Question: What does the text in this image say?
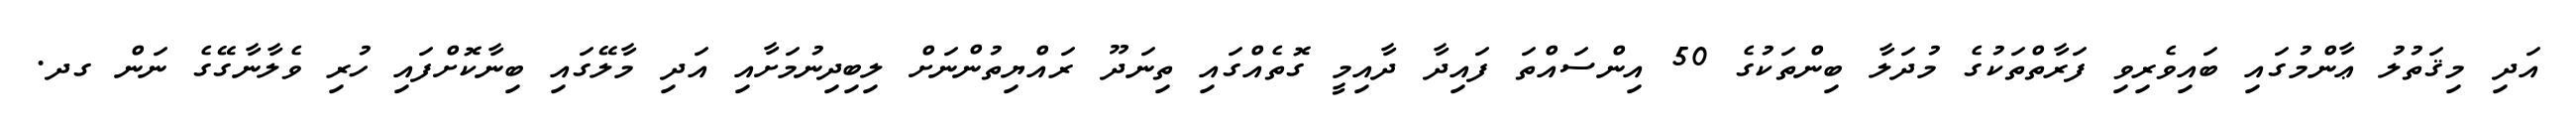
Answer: އަދި މިޤަތުލު ޢާންމުގައި ބައިވެރިވި ފަރާތްތަކުގެ މުދަލާ ބިންތަކުގެ 50 އިންސައްތަ ފައިދާ ދާއިމީ ގޮތެއްގައި ތިނަދޫ ރައްޔިތުންނަށް ލިބިދިނުމަށާއި އަދި މާލޭގައި ބިނާކޮށްފައި ހުރި ވެލާނާގޭގެ ނަން ގދ.